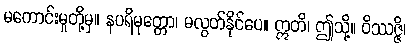
မကောင်းမှုတို့မှ။ နပရိမုတ္တော၊ မလွတ်နိုင်ပေ။ ဣတိ၊ ဤသို့။ ဝိဿဇ္ဇိ၊